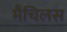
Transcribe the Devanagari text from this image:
मैचिलस